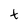
Character: t